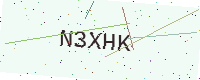
Text: N3XHK